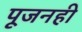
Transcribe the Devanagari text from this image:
पूजनही